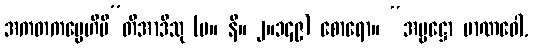
အကတကမ္မေဟိပီ”တိအာဒီသု (မ။ နိ။ ၂။၁၄၉) စောရော။ “အမ္ဗဋ္ဌော မာဏဝေါ,